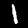
Digit: 1